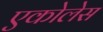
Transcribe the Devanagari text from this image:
एकोलेस